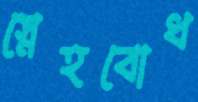
স্নেহবোধ